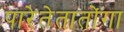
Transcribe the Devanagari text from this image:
पारेतेतातोंगा